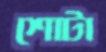
শোটা